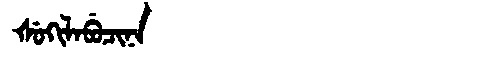
Manchu: ᡧᡠᡴᡳᠯᠠᠪᡠᠴᡳᠨᠠ
Romanization: ŠUKILABUCINA